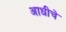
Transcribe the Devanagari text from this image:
अाधीचे